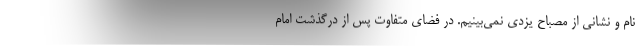
نام و نشانی از مصباح یزدی نمی‌بینیم. در فضای متفاوت پس از درگذشت امام